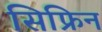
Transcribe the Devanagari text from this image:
सिफ्रिन